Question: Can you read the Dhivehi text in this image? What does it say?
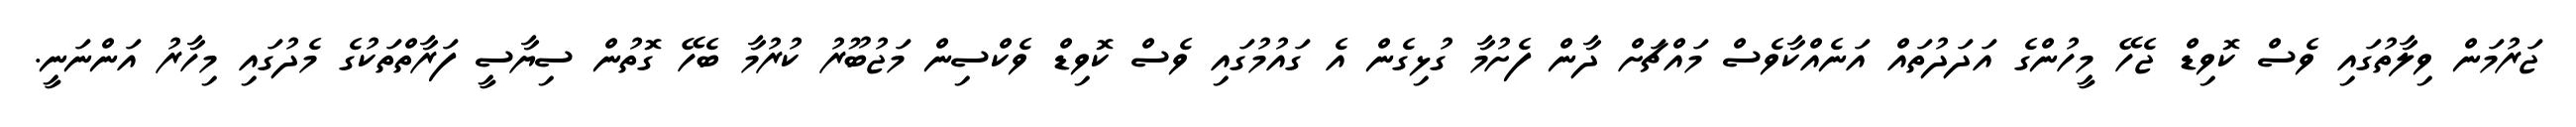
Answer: ޖަރުމަން ވިލާތުގައި ވެސް ކޮވިޑް ޖެހޭ މީހުންގެ އަދަދުތައް އަނެއްކާވެސް މައްޗަށް ދާން ފެށުމާ ގުޅިގެން އެ ގައުމުގައި ވެސް ކޮވިޑް ވެކްސިން މަޖުބޫރު ކުރުމާ ބެހޭ ގޮތުން ސިޔާސީ ފަރާތްތަކުގެ މެދުގައި މިހާރު އަންނަނީ.